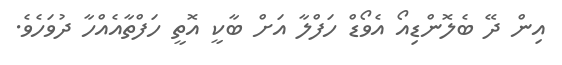
އިން ދޭ ބެލޮންޑިއޯ އެވޯޑް ހަފްލާ އަށް ބާކީ އޮތީ ހަފްތާއެއްހާ ދުވަހެވެ.